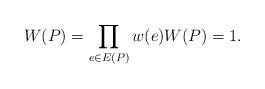
LaTeX: \begin{align*}W(P)=\prod_{e\in E(P) }w(e) W(P)=1 .\end{align*}